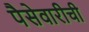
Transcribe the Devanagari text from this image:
पैसेवारीची